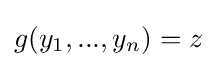
g(y_{1},...,y_{n})=z